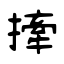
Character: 撁